Annual vaccination report of Bihar and Orissa - 1911-1928
Year: 1911
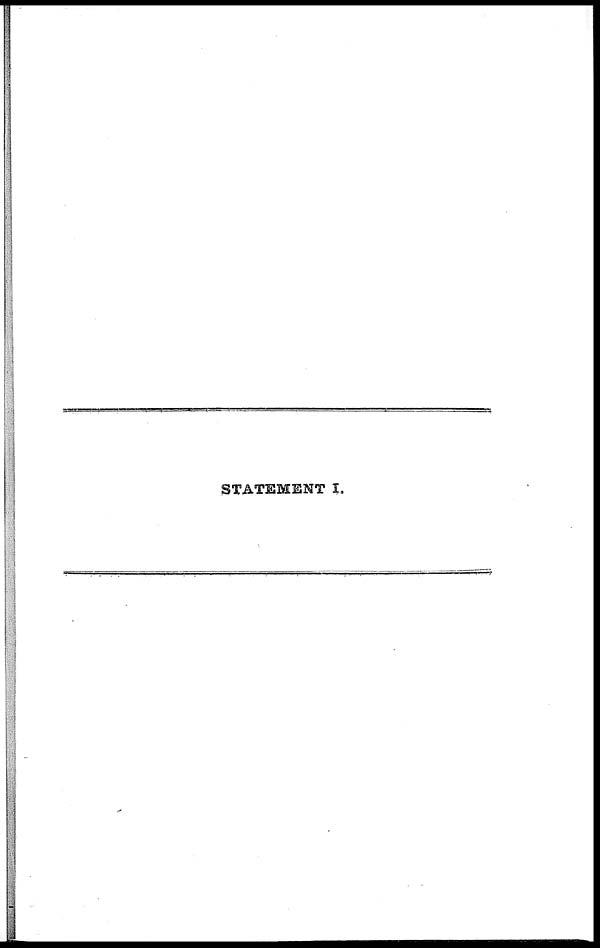
STATEMENT I.